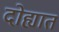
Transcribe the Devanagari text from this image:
दोह्यात